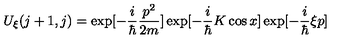
U _ { \xi } ( j + 1 , j ) = \exp [ - \frac { i } { \hbar } \frac { p ^ { 2 } } { 2 m } ] \exp [ - \frac { i } { \hbar } K \cos x ] \exp [ - \frac { i } { \hbar } \xi p ]